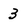
Character: 3